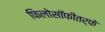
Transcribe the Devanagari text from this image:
फिलोसॉफीतर्फे